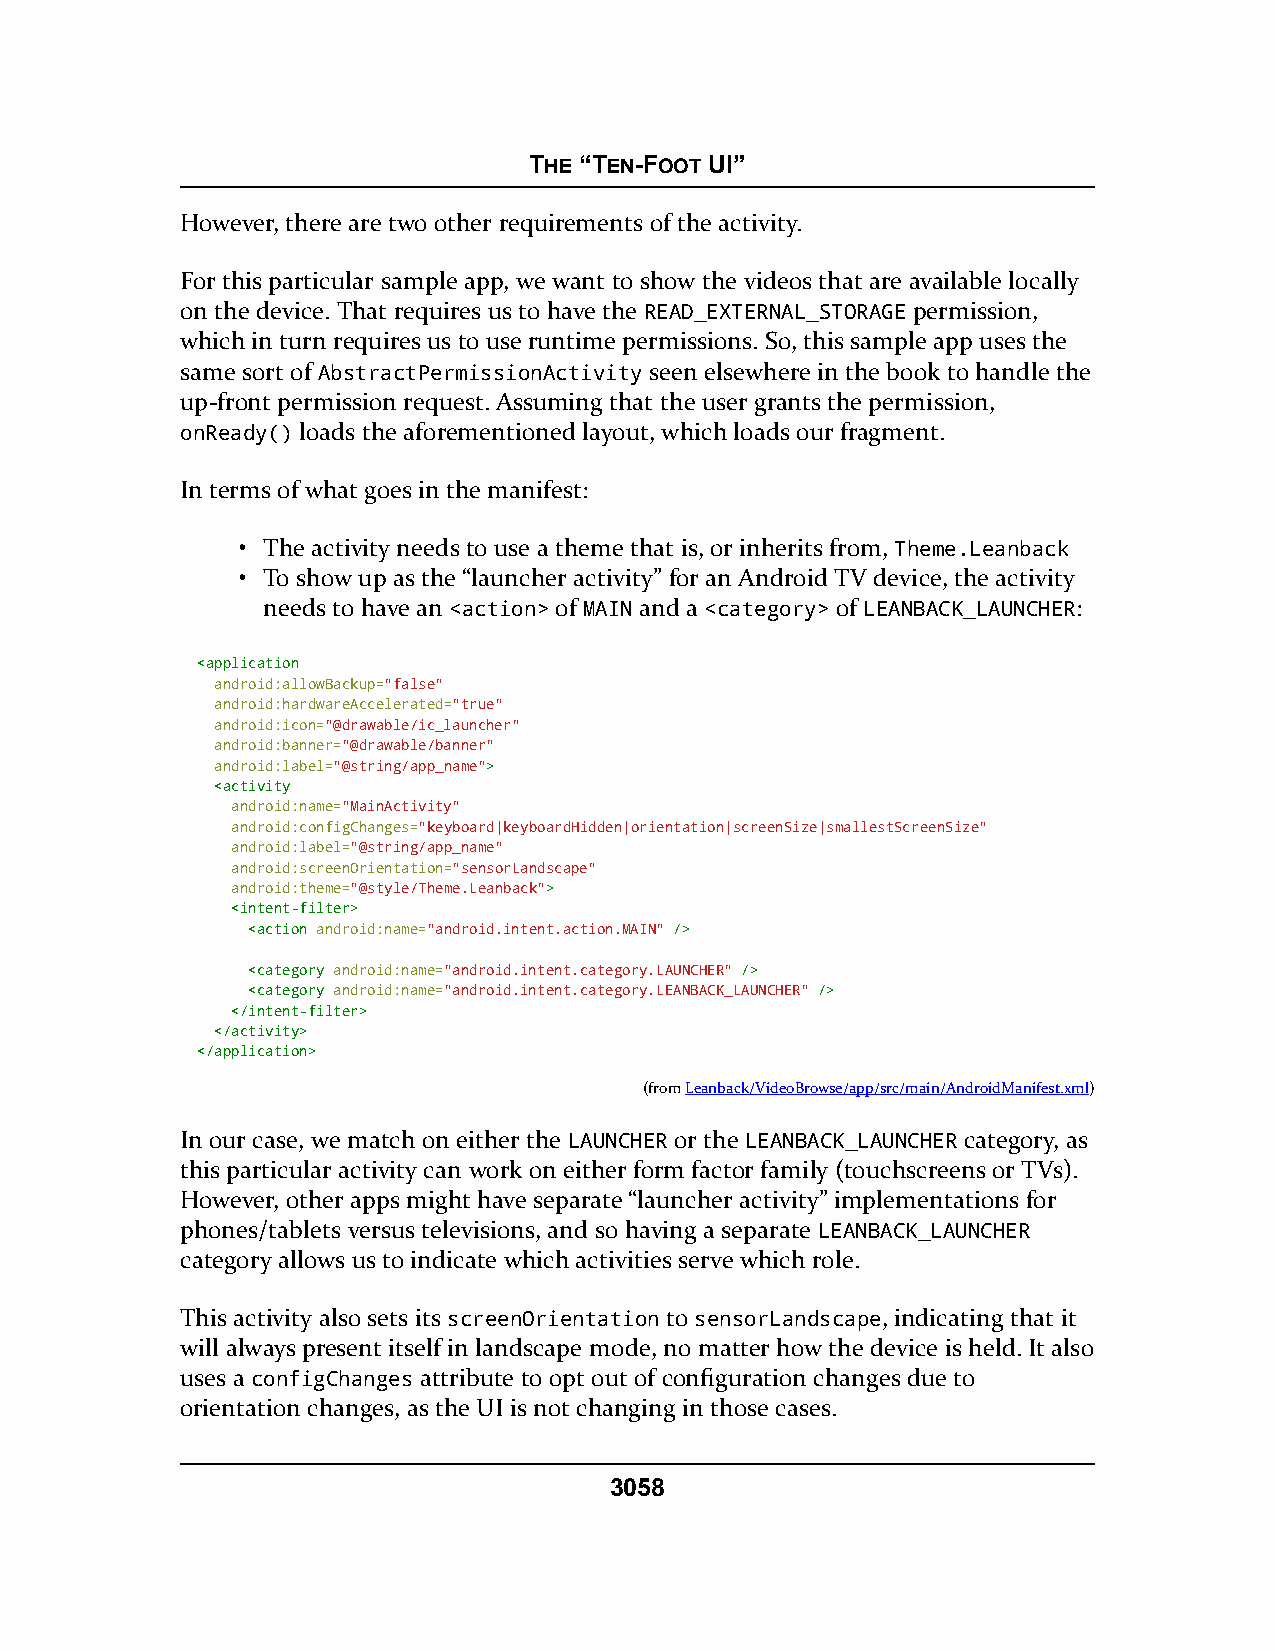
THE “TEN-FOOT UI”
 However, there are two other requirements of the activity.
 For this particular sample app, we want to show the videos that are available locally
 on the device. That requires us to have the READ_EXTERNAL_STORAGE permission,
 which in turn requires us to use runtime permissions. So, this sample app uses the
 same sort of AbstractPermissionActivity seen elsewhere in the book to handle the
 up-front permission request. Assuming that the user grants the permission,
 onReady() loads the aforementioned layout, which loads our fragment.
 In terms of what goes in the manifest:
 • The activity needs to use a theme that is, or inherits from, Theme.Leanback
 • To show up as the “launcher activity” for an Android TV device, the activity
 needs to have an <action> of MAIN and a <category> of LEANBACK_LAUNCHER:
 <<aapppplliiccaattiioonn
 android:allowBackup="false"
 android:hardwareAccelerated="true"
 android:icon="@drawable/ic_launcher"
 android:banner="@drawable/banner"
 android:label="@string/app_name">>
 <<aaccttiivviittyy
 android:name="MainActivity"
 android:configChanges="keyboard|keyboardHidden|orientation|screenSize|smallestScreenSize"
 android:label="@string/app_name"
 android:screenOrientation="sensorLandscape"
 android:theme="@style/Theme.Leanback">>
 <<iinntteenntt--ffiilltteerr>>
 <<aaccttiioonn android:name="android.intent.action.MAIN" //>>
 <<ccaatteeggoorryy android:name="android.intent.category.LAUNCHER" //>>
 <<ccaatteeggoorryy android:name="android.intent.category.LEANBACK_LAUNCHER" //>>
 <<//iinntteenntt--ffiilltteerr>>
 <<//aaccttiivviittyy>>
 <<//aapppplliiccaattiioonn>>
 (fromLeanback/VideoBrowse/app/src/main/AndroidManifest.xml)
 In our case, we match on either the LAUNCHER or the LEANBACK_LAUNCHER category, as
 this particular activity can work on either form factor family (touchscreens or TVs).
 However, other apps might have separate “launcher activity” implementations for
 phones/tablets versus televisions, and so having a separate LEANBACK_LAUNCHER
 category allows us to indicate which activities serve which role.
 This activity also sets its screenOrientation to sensorLandscape, indicating that it
 will always present itself in landscape mode, no matter how the device is held. It also
 uses a configChanges attribute to opt out of configuration changes due to
 orientation changes, as the UI is not changing in those cases.
 3058